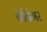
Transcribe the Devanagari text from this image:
बेनिंगर